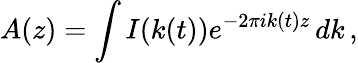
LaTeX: A(z)=\int I(k(t))e^{-2\pi ik(t)z}\, dk\, ,